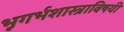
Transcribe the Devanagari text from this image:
भूगर्भशास्त्राविषयी